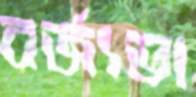
বর্জ্যভা